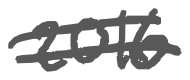
Text: 2016
Cross-out: double-line
Writing tool: digital_gray